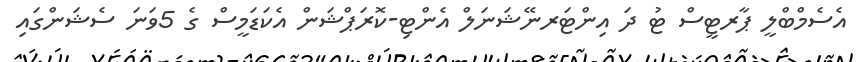
އެސެމްބްލީ ޕާރޓީސް ޓު ދަ އިންޓަރނޭޝަނަލް އެންޓި-ކޮރަޕްޝަން އެކަޑަމީސް ގެ 5ވަނަ ސެޝަންގައި